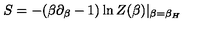
S = - ( \beta \partial _ { \beta } - 1 ) \ln Z ( \beta ) | _ { \beta = \beta _ { H } }